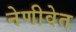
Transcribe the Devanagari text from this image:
नेणीवेत